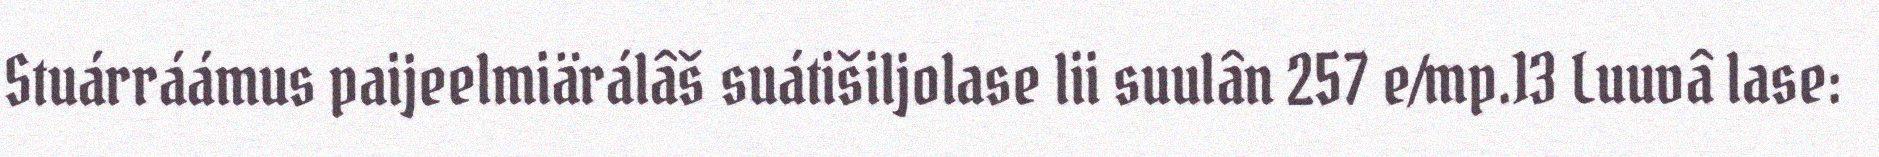
Stuárráámus paijeelmiärálâš suátišiljolase lii suulân 257 e/mp.13 Luuvâ lase: